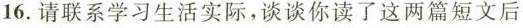
16.请联系学习生活实际，谈谈你读了这两篇短文后